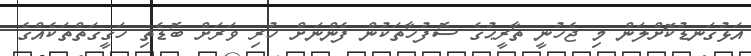
އަޅުގަނޑުކޮށްލަން މި ޖެހުނީ ތާރީޙުގެ ސޮފުހާތަކުން ފެންނަށް ހުރި ވަރަށް ބޮޑެތި ހަގީގަތްތަކެއްގެ